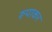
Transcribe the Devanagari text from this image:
रूपाकर